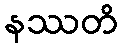
နဿတိ